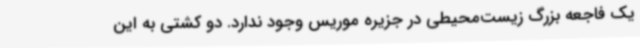
یک فاجعه بزرگ زیست‌محیطی در جزیره موریس وجود ندارد. دو کشتی به این